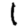
Digit: 1